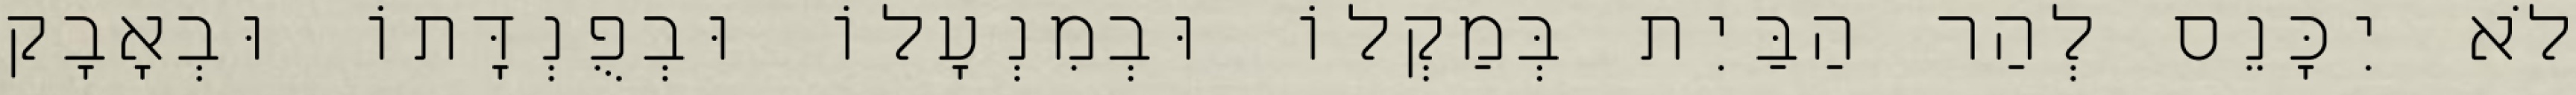
לֹא יִכָּנֵס לְהַר הַבַּיִת בְּמַקְלוֹ וּבְמִנְעָלוֹ וּבְפֻנְדָּתוֹ וּבְאָבָק